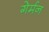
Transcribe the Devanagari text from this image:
गेर्मन